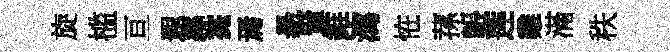
旋槛亘遐縣薧焉昜賢錐瀉恠蓀韔莲雞滿秩